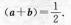
( a + b ) - \frac { 1 } { 2 }$$.